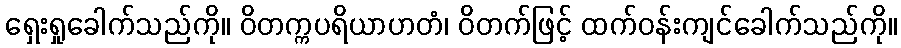
ရှေးရှုခေါက်သည်ကို။ ဝိတက္ကပရိယာဟတံ၊ ဝိတက်ဖြင့် ထက်ဝန်းကျင်ခေါက်သည်ကို။